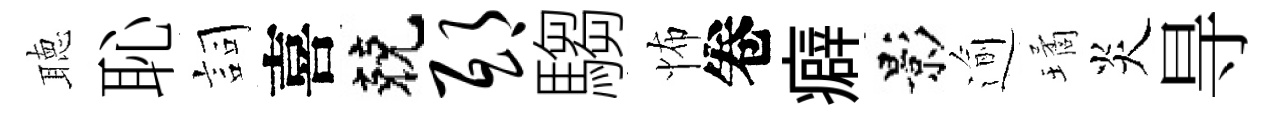
聴恥詞喜兢邸騶怖卷癖影逾璚炎㝵